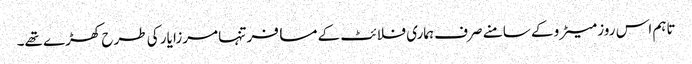
تاہم اس روز میٹرو کے سامنے صرف ہماری فلائٹ کے مسافر تنہا مرزا یار کی طرح کھڑے تھے۔